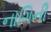
નાગિની